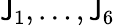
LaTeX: \mathsf{J}_{1},\ldots,\mathsf{J}_{6}